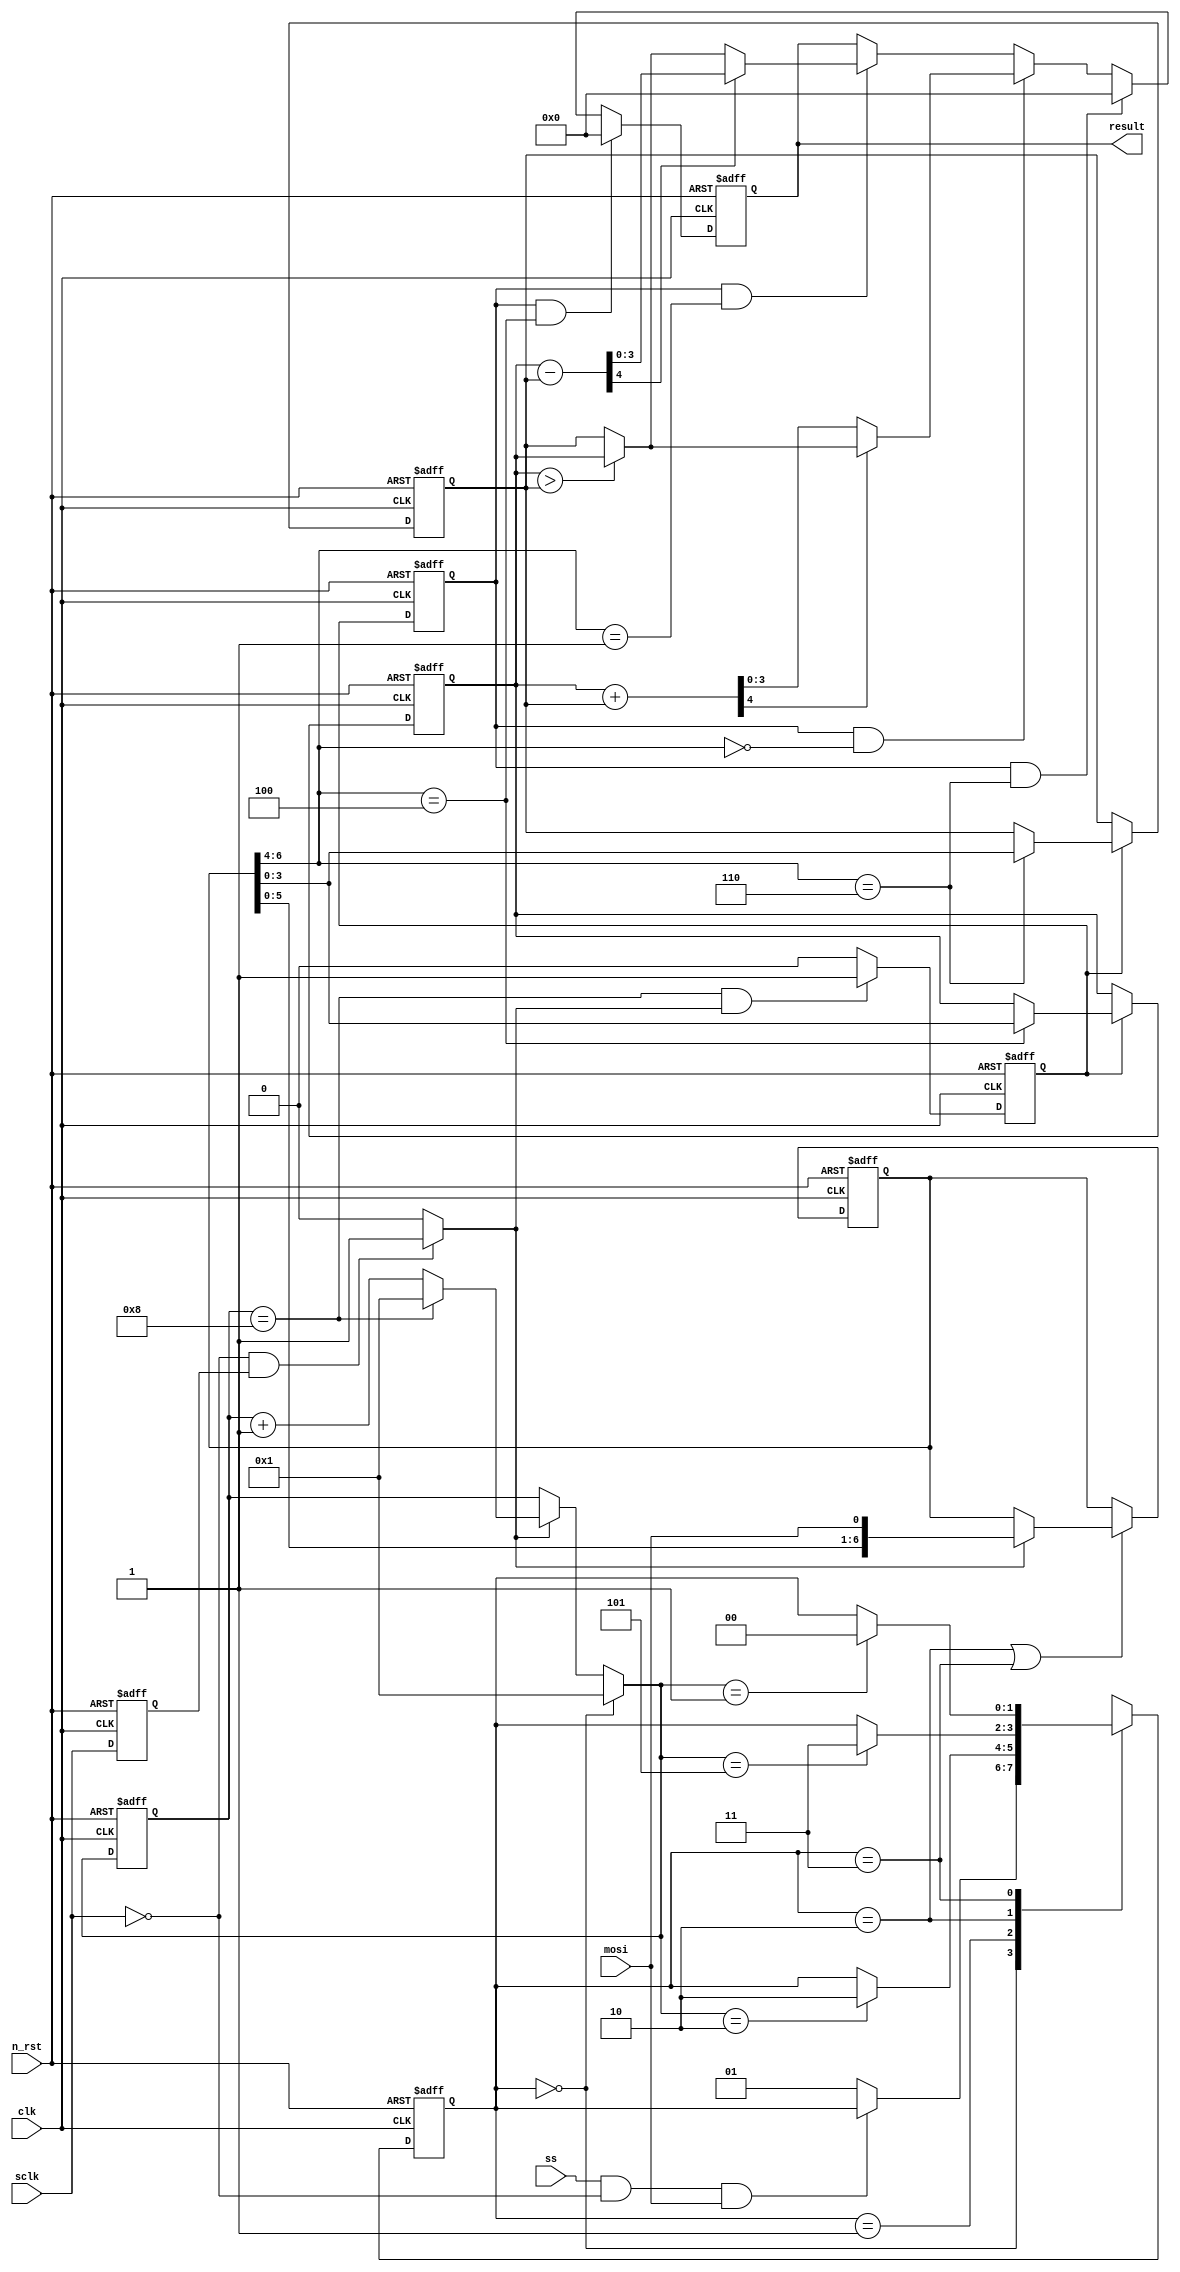
module final_04(
    clk,
    n_rst,
    result,
    sclk,
    ss,
    mosi
);

input clk;
input n_rst;
input mosi;
input sclk;
input ss;

output reg [3:0] result;

parameter max = 8;
parameter over_max = 7;
parameter over_min = -8;

reg [1:0] c_state, n_state;
reg [3:0] c_cnt1, n_cnt1;

localparam S0 = 2'h0, S1 = 2'h1, S2 = 2'h2, S3 = 2'h3;

always @(posedge clk or negedge n_rst) begin
    if(!n_rst) begin
        c_state <= S0;
        c_cnt1 <= 3'h1;
    end
    else begin
        c_state <= n_state;
        c_cnt1 <= n_cnt1;
    end
end

reg sclk_d;
wire sclk_r, sclk_f;

always @(posedge clk or negedge n_rst) begin
    if(!n_rst) begin
        sclk_d <= 1'b0;
    end
    else begin
        sclk_d <= sclk;
    end
end

assign sclk_r = ((sclk == 1'b1)&&(sclk_d == 1'b0)) ? 1'b1 : 1'b0;
assign sclk_f = ((sclk == 1'b0)&&(sclk_d == 1'b1)) ? 1'b1 : 1'b0;

always @(c_state or n_cnt1 or ss or sclk_r) begin
    case(c_state)
    S0 : n_state = ((ss == 1'b1)&&(sclk==1'b0)&&(mosi==1'b1)) ? c_state : S1;
    S1 : n_state = (n_cnt1 == 3'h2) ? S2 : c_state; // zero
    S2 : n_state = (n_cnt1 == 3'h5) ? S3 : c_state; // op
    S3 : n_state = (n_cnt1 == 3'h1) ? S0 : c_state; // data
    default : n_state = S0;
    endcase
end

always @(c_state or c_cnt1 or sclk_f) begin
    case(c_state)
    S0 : n_cnt1 = 3'h1;
    default : n_cnt1 = (sclk_f != 1'b1) ? c_cnt1 :
                       (c_cnt1 == max) ? 3'h1 : c_cnt1 + 3'h1;
    endcase
end

reg [6:0] inst;

always @(posedge clk or negedge n_rst) begin
    if(!n_rst) begin
        inst <= 7'h00;
    end
    else if((c_state == S2)||(c_state == S3)) begin
        inst <= (sclk_f == 1'b1) ? {inst[5:0], mosi} : inst;
    end
    else begin
        inst <= inst;
    end
end

wire flg;

assign flg = ((c_cnt1 == max)&&(sclk_f == 1'b1)) ? 1'b1 : 1'b0;
reg flg_d1, flg_d2;

always @(posedge clk or negedge n_rst) begin
    if(!n_rst) begin
        flg_d1 <= 1'b0;
        flg_d2 <= 1'b0;
    end
    else begin
        flg_d1 <= flg;
        flg_d2 <= flg_d1;
    end
end

reg [3:0] operand_a;
reg [3:0] operand_b;

wire [4:0] sum;
wire [4:0] sub;
always @(posedge clk or negedge n_rst) begin
    if(!n_rst) begin
        result <= 4'h0;
    end
    else if((flg_d2 == 1'b1)&&(inst[6:4] == 3'b100)) begin
        result <= 4'h0;
    end
    else if((flg_d2 == 1'b1)&&(inst[6:4] == 3'b110)) begin
        result <= 4'h0;
    end
    else if((flg_d2 == 1'b1)&&(inst[6:4] == 3'b000)) begin
        result <= (sum[4] != 1'b1) ? sum :
                  (operand_a > operand_b) ? operand_a : operand_b;
    end
    else if((flg_d2 == 1'b1)&&(inst[6:4] == 3'b001)) begin
        result <= (sub[4] == 1'b1) ? sub :
                  (operand_a > operand_b) ? operand_a : operand_b;
    end
    else begin
        result <= result;
    end
end

always @(posedge clk or negedge n_rst) begin
    if(!n_rst) begin
        operand_a <= 4'h0;
    end
    else begin
        operand_a <= (flg_d1 != 1'b1) ? operand_a :
                     (inst[6:4] == 3'b100) ? inst[3:0] : operand_a;
    end
end

always @(posedge clk or negedge n_rst) begin
    if(!n_rst) begin
        operand_b <= 4'h0;
    end
    else begin
        operand_b <= (flg_d1 != 1'b1) ? operand_b :
                     (inst[6:4] == 3'b110) ? inst[3:0] : operand_b;
    end
end

assign sum = operand_a + operand_b;
assign sub = operand_a - operand_b;

endmodule